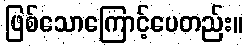
ဖြစ်သောကြောင့်ပေတည်း။